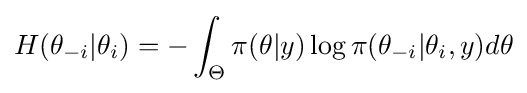
H(\theta _{-i}|\theta _{i})=-\int _{\Theta }\pi (\theta |y)\log \pi (\theta _{-i}|\theta _{i},y)d\theta